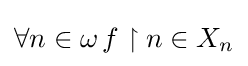
\forall n\in \omega \,f\upharpoonright n\in X_{n}